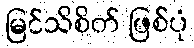
မြင်သိစိတ် ဖြစ်ပုံ